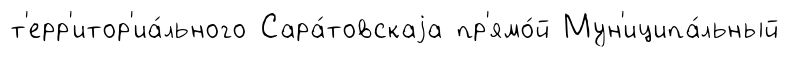
т'ерр'итор'иа́льного Сара́товскаjа пр'ямо́й Мун'иципа́льный